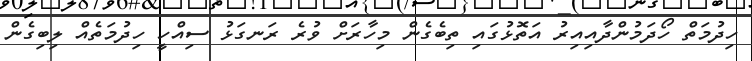
ހިދުމަތް ހޯދަމުންދާއިއިރު އަތޮޅުގައި ތިބެގެން މިހާރަށް ވުރެ ރަނގަޅު ސިއްހީ ހިދުމަތެއް ލިބިގެން